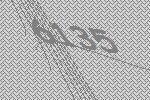
6135